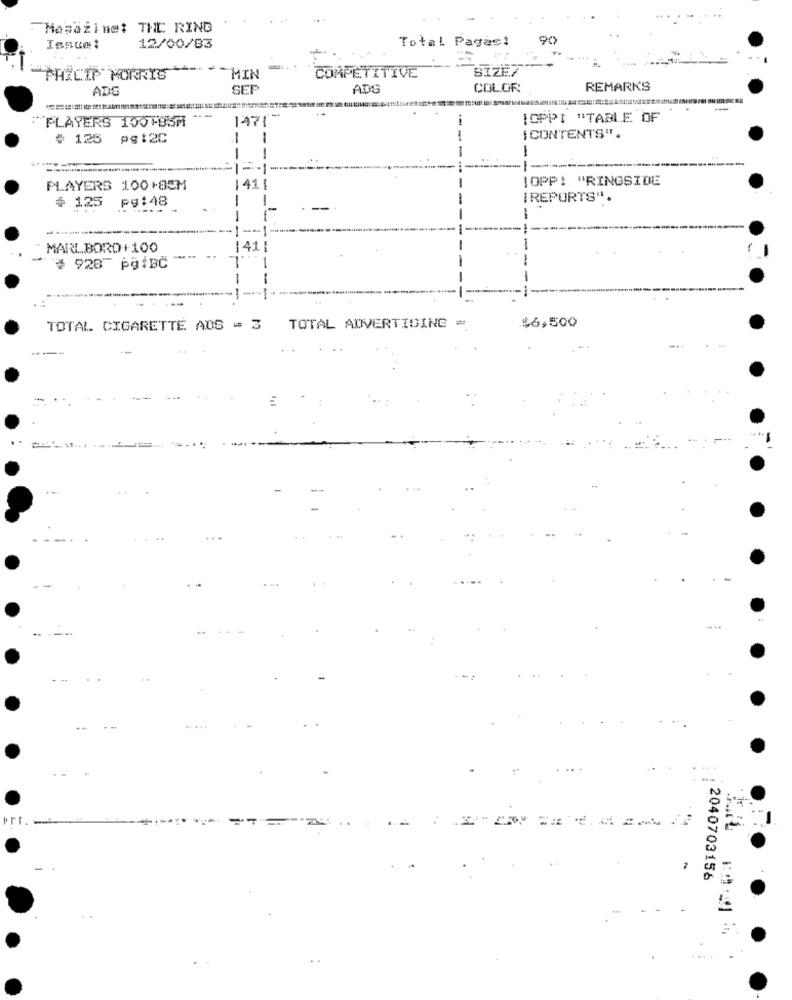
: Masażine: THE RING
Total Pages:
90
Issue1
12/00/83
SIZE7
PHILIP MORRIS
MIN
COMPETITIVE
ADG
SEP
ADS
COLOR
REMARKS
---
1471
IOPPI "TABLE OF
PLAYERS 100 HUSM
# 125 pg:2C
ICONTENTS".
-
m
IOPP: "RINGSIDE
PLAYERS 100+85M
41
# 125
pg:48
IREPORTS".
MARLBORD+100
41
-
# 928" paiBC
$6,500
TOTAL CIGARETTE AUS = 3 TOTAL ADVERTISING =
2040703156